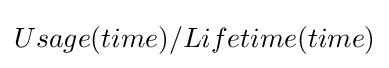
Usage(time)/Lifetime(time)